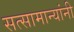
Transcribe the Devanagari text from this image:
सत्सामान्यांनी